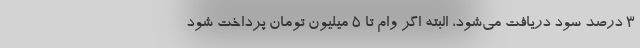
۳ درصد سود دریافت می‌شود، البته اگر وام تا ۵ میلیون تومان پرداخت شود